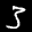
Label: 3